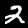
Label: 2